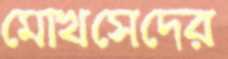
মোখসেদের